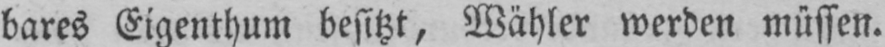
bares Eigenthum besitzt, Wähler werden müssen.